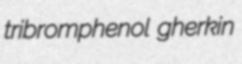
tribromphenol gherkin